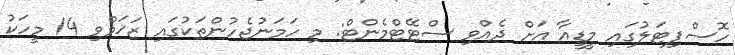
ހޮސްޕިޓަލުގައި މީޑީއާ އަށް ދެއްވި ސްޓޭޓްމެންޓް: މި ހަމަނުޖެހުންތަކުގައި ޒަޚަމްވި 14 މީހަކު